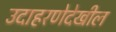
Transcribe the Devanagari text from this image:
उदाहरणेदेखील